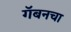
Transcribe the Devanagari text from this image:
गॅबनचा